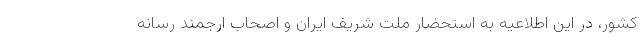
کشور، در این اطلاعیه به استحضار ملت شریف ایران و اصحاب ارجمند رسانه